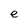
Character: e